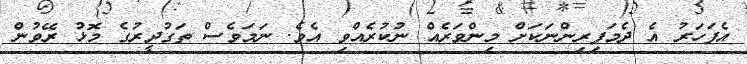
އެފަހަރު އެ ދެމަފިރިންނަކަށް މިންވަރެއް ނުކުރެއްވި އެވެ. ނަމަވެސް ތަގުދީރުގެ މޮޅު ރޭވުން